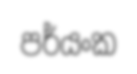
පර්යංක